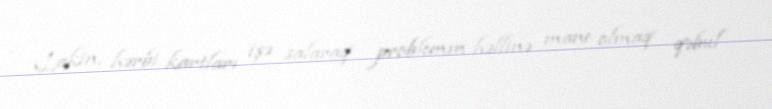
Lakin, hərbi kartları işə salaraq problemin həllinə mane olmaq qəbul